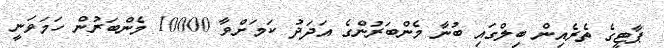
ޕާޓީގެ ތެރެއިން ބިލްގައި ބުނާ މެންބަރުންގެ އަދަދު ކަމަށްވާ 10000 މެންބަރުން ހަމަވަނީ